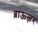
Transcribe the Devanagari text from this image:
ब्राऊज़र